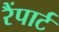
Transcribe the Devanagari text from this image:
रैंपार्ट